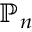
\mathbb { P } _ { n }